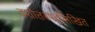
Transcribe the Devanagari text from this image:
दशोत्तरपदलिखित